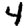
Digit: 4